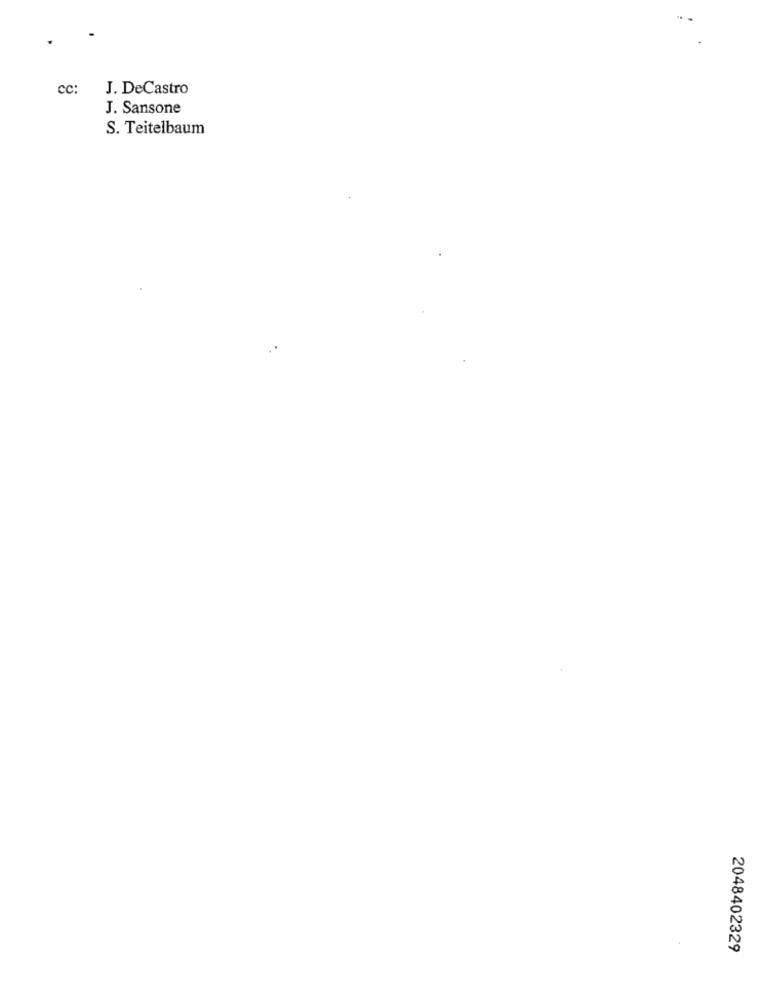
cc
J. DeCastro
J. Sansone
S. Teitelbaum
2048402329